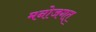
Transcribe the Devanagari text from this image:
मनोजगत्